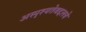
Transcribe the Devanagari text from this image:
अस्पृश्यतेबद्दलचे